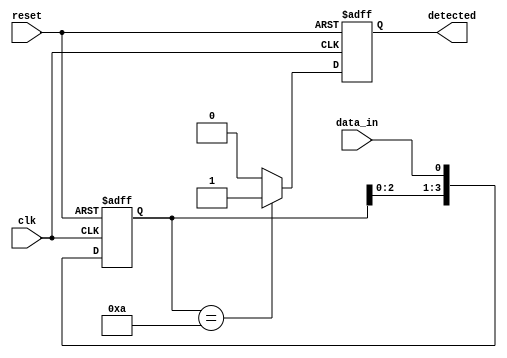
module pattern_detector #(
    parameter PATTERN_LENGTH = 4, // Length of the pattern to be detected
    parameter PATTERN = 4'b1010    // The predefined pattern to detect
)(
    input wire clk,                // Clock signal
    input wire reset,              // Reset signal
    input wire data_in,            // Input data signal
    output reg detected            // Output signal indicating pattern detection
);

    // Internal signals
    reg [PATTERN_LENGTH-1:0] shift_reg; // Shift register to store input data

    // Process for flip-flop behavior and pattern detection
    always @(posedge clk or posedge reset) begin
        if (reset) begin
            shift_reg <= 0;           // Initialize shift register to 0 on reset
            detected <= 0;            // Clear detected signal
        end else begin
            // Shift the input data into the shift register
            shift_reg <= {shift_reg[PATTERN_LENGTH-2:0], data_in};

            // Check for pattern match
            if (shift_reg == PATTERN) begin
                detected <= 1;          // Set detected signal if pattern matches
            end else begin
                detected <= 0;          // Clear detected signal if no match
            end
        end
    end

endmodule